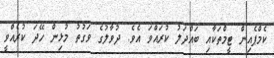
ކެމްޕެއިން ޓީމްތަކާއި ބައްދަލު ކުރައްވަ އެވެ. ދުވާލުގެ ވަގުތު މުޅިން ހޭދަ ކުރެއްވީ